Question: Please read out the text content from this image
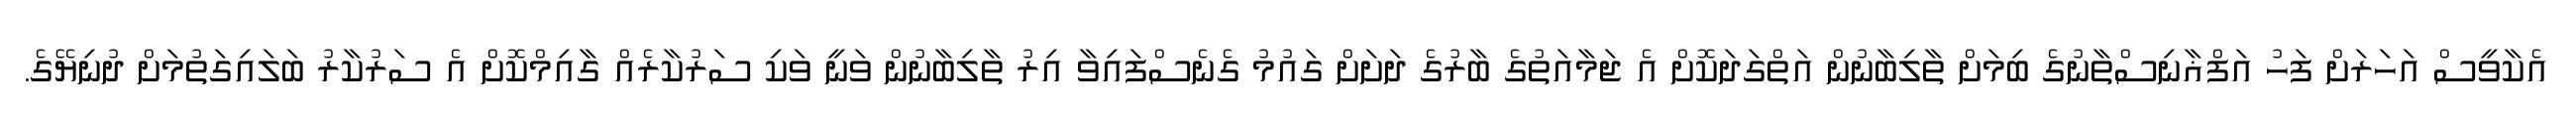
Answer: އެކާވީސް އަހަރަށް ފަހު އަފްޣާނިސްތާނުގެ ބިމަށް ތާލިބާނުން އަތްގަދަކޮށް އެ ޖަމާއަތުގެ ބާރުގެ ދަށަށް ގައުމު ގެނެސްފައިވާ އިރު ތާލިބާނުން ވަނީ ވަކި ސަރުކާރެއް ގާއިމްކޮށް އެ ސަރުކާރު ބަލައިގަތުމަށް ދުނިޔޭގެ.